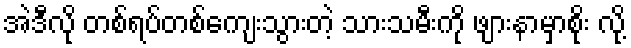
အဲဒီလို တစ်ရပ်တစ်ကျေးသွားတဲ့ သားသမီးကို ဖျားနာမှာစိုး လို့